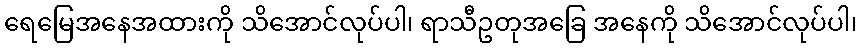
ရေမြေအနေအထားကို သိအောင်လုပ်ပါ၊ ရာသီဥတုအခြေ အနေကို သိအောင်လုပ်ပါ၊